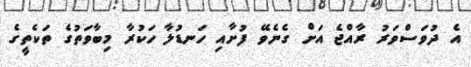
އެ ދުވަސްވަރު ރާއްޖެ އަށް ގެނެވޭ ފުށާއި ހަނޑުލާ ހަކުރާ މިބާވަތުގެ ތަކެތީގެ